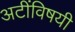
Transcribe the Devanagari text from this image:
अटींविषयी